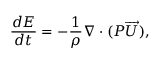
\frac { d E } { d t } = - \frac { 1 } { \rho } \nabla \cdot ( P \overrightarrow { U } ) ,